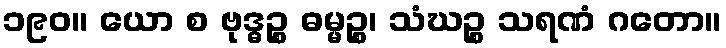
၁၉၀။ ယော စ ဗုဒ္ဓဉ္စ ဓမ္မဉ္စ၊ သံဃဉ္စ သရဏံ ဂတော။